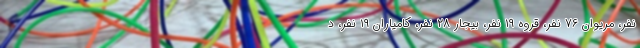
نفر، مریوان ۷۶ نفر، قروه ۱۹ نفر، بیجار ۲۸ نفر، کامیاران ۱۹ نفر، د